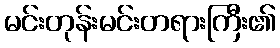
မင်းတုန်းမင်းတရားကြီး၏